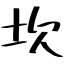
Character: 坎